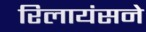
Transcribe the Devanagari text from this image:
रिलायंसने